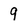
Character: 9